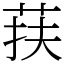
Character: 荴